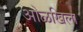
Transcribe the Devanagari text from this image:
ओळखिला